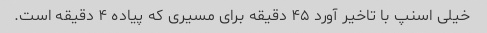
خیلی اسنپ با تاخیر آورد ۴۵ دقیقه برای مسیری که پیاده ۴ دقیقه است.